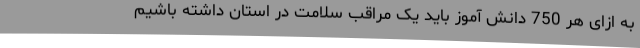
به ازای هر 750 دانش آموز باید یک مراقب سلامت در استان داشته باشیم